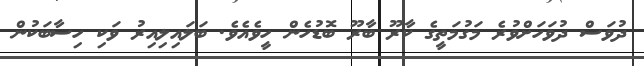
ދުވަސް ދުވަހަށްވުރެ މަގުމަތީގެ ކާރޫ ބާރޫ ބޮޑުހެން ހީވެއެވެ. ބަލައިލިއިރު ވަކި ހިސާބަކުން